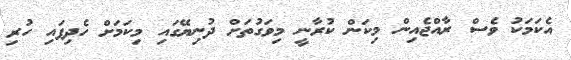
އެކަމަކު ވެސް ރާއްޖެއިން މިކަން ކުރާނީ މިވަގުތަށް ދުނިޔޭގައި މިކަމަށް ހެދިފައި ހުރި